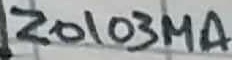
Text: Z0103MA